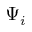
\Psi _ { i }